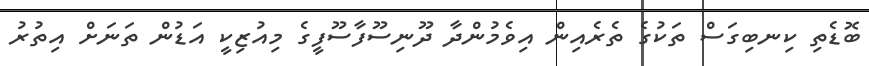
ބޮޑެތި ކިނބިގަސް ތަކުގެ ތެރެއިން އިވެމުންދާ ދޫނިސޫފާސޫފީގެ މިއުޒިކީ އަޑުން ތަނަށް އިތުރު